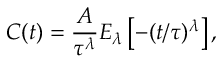
C ( t ) = \frac { A } { \tau ^ { \lambda } } E _ { \lambda } \left[ - ( t / \tau ) ^ { \lambda } \right] ,